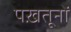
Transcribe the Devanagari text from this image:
पख़तूनों